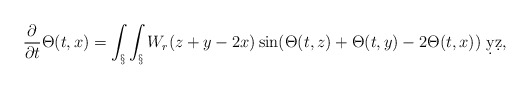
\begin{align*}\frac{\partial}{\partial t} \Theta(t,x) = \int_\S \int_\S W_r(z+y-2x) \sin(\Theta(t,z)+\Theta(t,y) - 2\Theta(t,x)) \ \d y \d z,\end{align*}